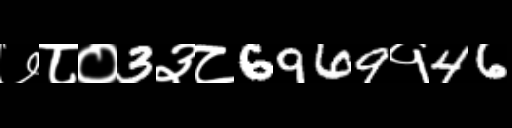
Text: ७८०3३८6969१46